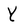
Character: Y